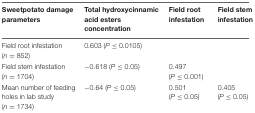
| Sweetpotato damage parameters | Total hydroxycinnamic acid esters concentration | Field root infestation | Field stem infestation |
 | --- | --- | --- | --- |
 | Field root infestation (n = 852) | 0.603 (P ≤ 0.0105) |  |  |
 | Field stem infestation (n = 1704) | -0.618 (P ≤ 0.05) | 0.497 (P ≤ 0.001) |  |
 | Mean number of feeding holes in lab study (n = 1734) | -0.64 (P ≤ 0.05) | 0.501 (P ≤ 0.05) | 0.405 (P ≤ 0.05) |